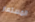
المستعار